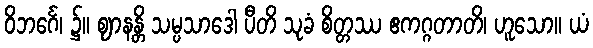
ဝိဘင်္ဂေ၊ ၌။ ဈာနန္တိ သမ္ပသာဒေါ ပီတိ သုခံ စိတ္တဿ ဧကဂ္ဂတာတိ၊ ဟူသော။ ယံ